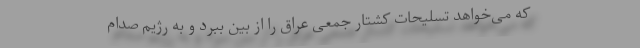
که می‌خواهد تسلیحات کشتار جمعی عراق را از بین ببرد و به رژیم صدام